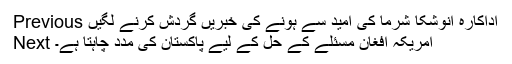
Previous اداکارہ انوشکا شرما کی امید سے ہونے کی خبریں گردش کرنے لگیں
Next امریکہ افغان مسئلے کے حل کے لیے پاکستان کی مدد چاہتا ہے۔